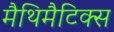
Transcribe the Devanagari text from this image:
मैथिमैटिक्स